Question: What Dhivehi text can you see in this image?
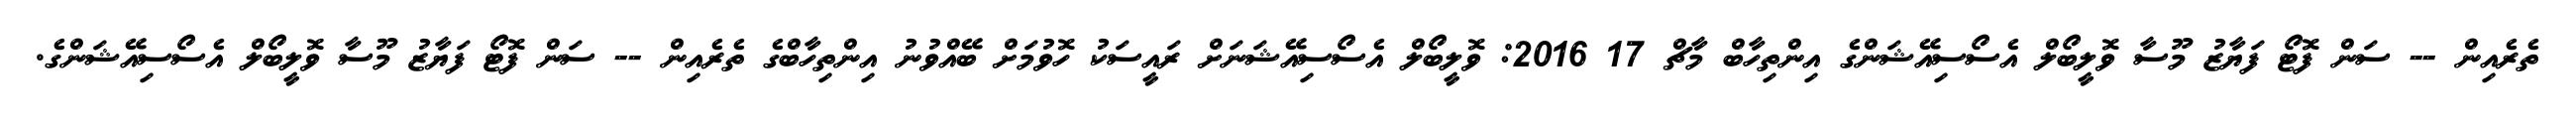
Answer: ތެރެއިން -- ސަން ފޮޓޯ ފަޔާޒު މޫސާ ވޮލީބޯލް އެސޯސިއޭޝަންގެ އިންތިހާބް މާޗް 17 2016: ވޮލީބޯލް އެސޯސިއޭޝަނަށް ރައީސަކު ހޮވުމަށް ބޭއްވުނު އިންތިހާބްގެ ތެރެއިން -- ސަން ފޮޓޯ ފަޔާޒު މޫސާ ވޮލީބޯލް އެސޯސިއޭޝަންގެ.